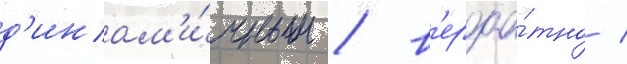
д'инам'и́чным / в'ероа́тно /